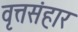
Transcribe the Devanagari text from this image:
वृत्तसंहार